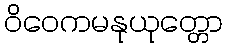
ဝိဝေကမနုယုတ္တော